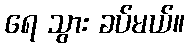
ရေ သွား ခပ်မယ်။